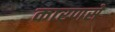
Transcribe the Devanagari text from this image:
कारणसे